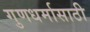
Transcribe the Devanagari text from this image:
गुणधर्मासाठी